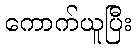
ကောက်ယူပြီး